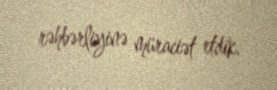
rəhbərliyinə müraciət etdik.